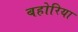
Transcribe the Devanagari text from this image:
बहोरिया